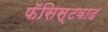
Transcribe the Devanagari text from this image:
फॅसिस्टवाद